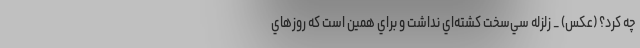
چه کرد؟ (عکس) _ زلزله سي‌سخت كشته‌اي نداشت و براي همين است كه روزهاي